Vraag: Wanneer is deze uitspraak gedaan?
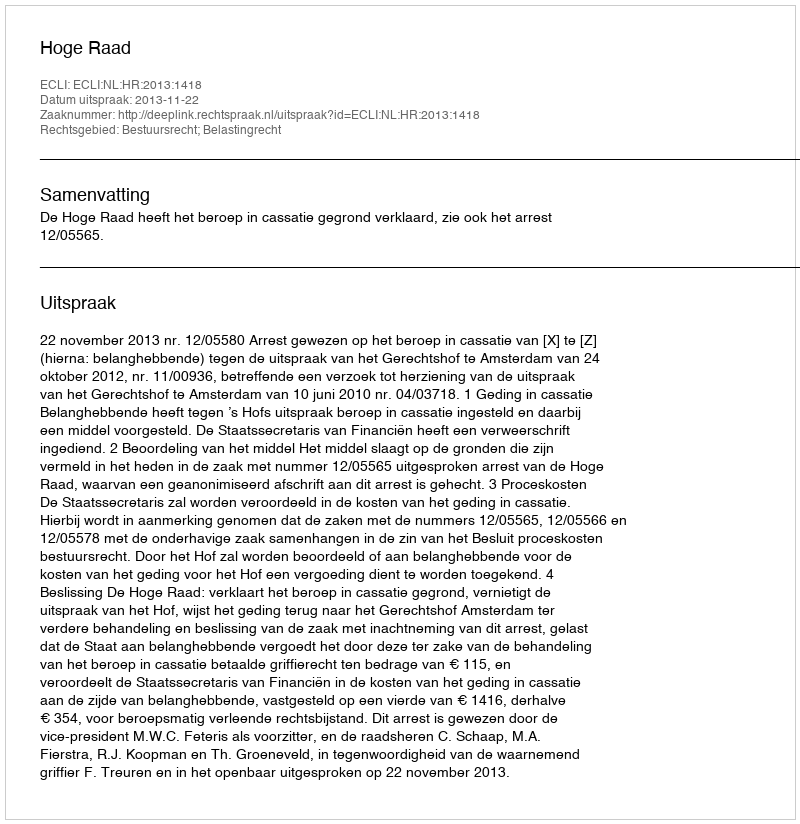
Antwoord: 2013-11-22